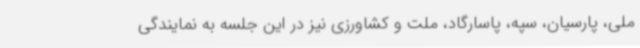
ملی، پارسیان، سپه، پاسارگاد، ملت و کشاورزی نیز در این جلسه به نمایندگی